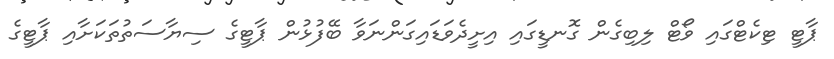
ޕާޓީ ޓިކެޓްގައި ވޯޓް ލިބިގެން ގޮނޑީގައި އިށީދެވަޑައިގަންނަވާ ބޭފުޅުން ޕާޓީގެ ސިޔާސަތުތަކަށާއި ޕާޓީގެ